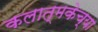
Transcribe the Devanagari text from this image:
कलात्मकेच्या